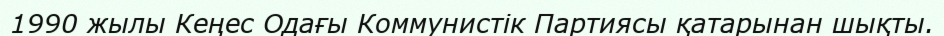
1990 жылы Кеңес Одағы Коммунистік Партиясы қатарынан шықты.